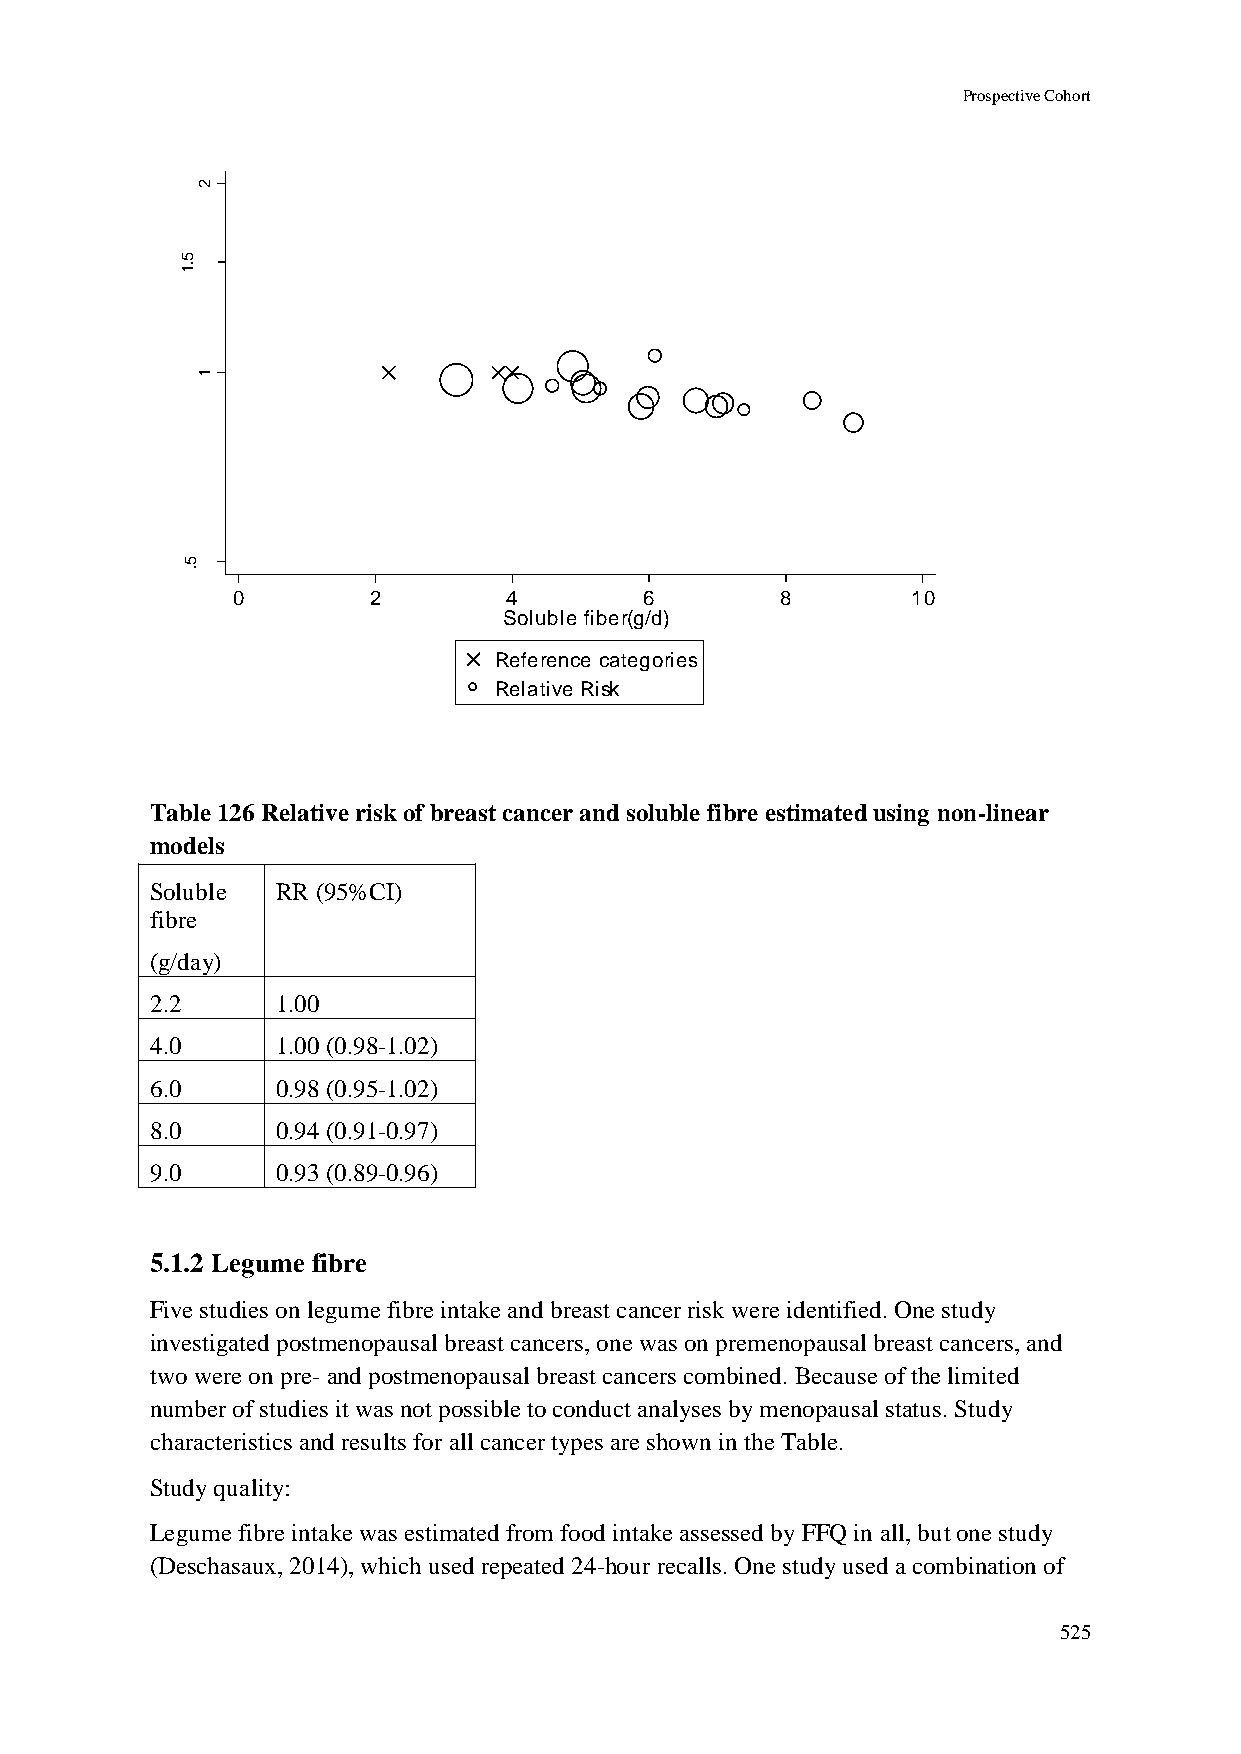
Prospective Cohort
 2
 5
 .1
 R
 R
 d
 e
 t a         1
 m
 its
 E
 5
 .
 0        2         4        6        8       10
 Soluble fiber(g/d)
 Reference categories
 Relative Risk
 Table 126 Relative risk of breast cancer and soluble fibre estimated using non-linear
 models
 Soluble RR (95%CI)
 fibre
 (g/day)
 2.2     1.00
 4.0     1.00 (0.98-1.02)
 6.0     0.98 (0.95-1.02)
 8.0     0.94 (0.91-0.97)
 9.0     0.93 (0.89-0.96)
 5.1.2 Legume fibre
 Five studies on legume fibre intake and breast cancer risk were identified. One study
 investigated postmenopausal breast cancers, one was on premenopausal breast cancers, and
 two were on pre- and postmenopausal breast cancers combined. Because of the limited
 number of studies it was not possible to conduct analyses by menopausal status. Study
 characteristics and results for all cancer types are shown in the Table.
 Study quality:
 Legume fibre intake was estimated from food intake assessed by FFQ in all, but one study
 (Deschasaux, 2014), which used repeated 24-hour recalls. One study used a combination of
 525